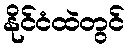
နိုင်ငံထဲတွင်